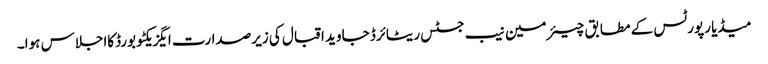
میڈیا رپورٹس کے مطابق چیئرمین نیب جسٹس ریٹائرڈ جاوید اقبال کی زیرصدارت ایگزیکٹو بورڈکااجلاس ہوا۔